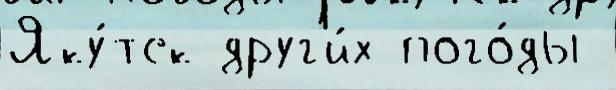
Яку́тск друг'и́х пого́ды